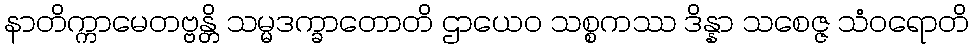
နာတိက္ကာမေတဗ္ဗန္တိ သမ္မဒက္ခာတောတိ ဌာယေဝ သစ္စကဿ ဒိန္နာ သစေဇ္ဇ သံဝရောတိ